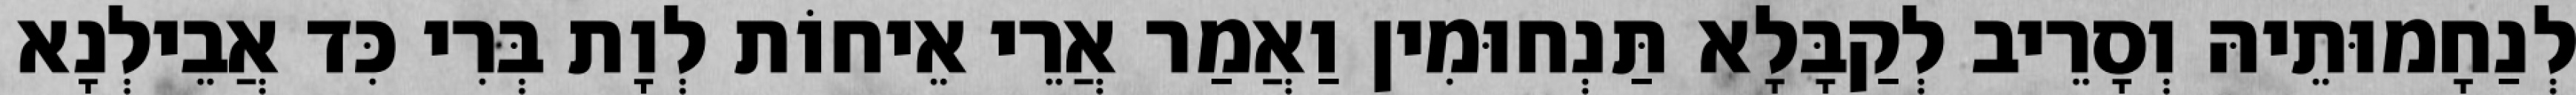
לְנַחָמוּתֵיהּ וְסָרֵיב לְקַבָּלָא תַּנְחוּמִין וַאֲמַר אֲרֵי אֵיחוֹת לְוָת בְּרִי כִּד אֲבֵילְנָא